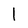
Character: l